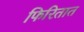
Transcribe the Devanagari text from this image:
फिरितात